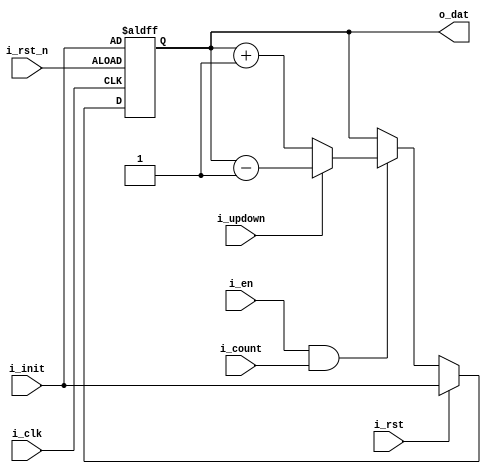

module simple_counter
#(
    parameter   DATW  = 32
)
(
    input                           i_clk
,   input                           i_rst_n

,   input       [        DATW -1:0] i_init
,   input                           i_rst
,   input                           i_en
,   input                           i_count
,   input                           i_updown        // 0:up, 1:down

,   output      [        DATW -1:0] o_dat
);

    //---------------------------------------------------------------------
    // Constant Declarations
    //---------------------------------------------------------------------


    //---------------------------------------------------------------------
    // Reg/Wire
    //---------------------------------------------------------------------

    reg         [        DATW -1:0] r_cnt           , n_cnt             ;
    reg         [        DATW -1:0] cnt_change;

    always@(*)
    begin: COMBO
        cnt_change          = i_updown ? (r_cnt-1) : (r_cnt+1);
        n_cnt               = i_rst             ? i_init     :
                              (i_en & i_count)  ? cnt_change : r_cnt ;
    end // COMBO

    always@(posedge i_clk or negedge i_rst_n)
    begin: FF
        if ( ~i_rst_n ) begin
            r_cnt          <= i_init;
        end
        else begin
            r_cnt          <= n_cnt;
        end
    end // FF

    // Combo Out
    // Const Out
      
    // Reg   Out
    assign o_dat            = r_cnt;

endmodule